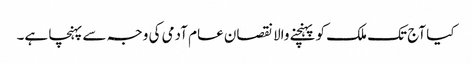
کیا آج تک ملک کو پہنچنے والا نقصان عام آدمی کی وجہ سے پہنچا ہے۔